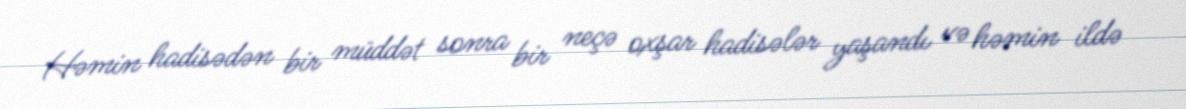
Həmin hadisədən bir müddət sonra bir neçə oxşar hadisələr yaşandı və həmin ildə